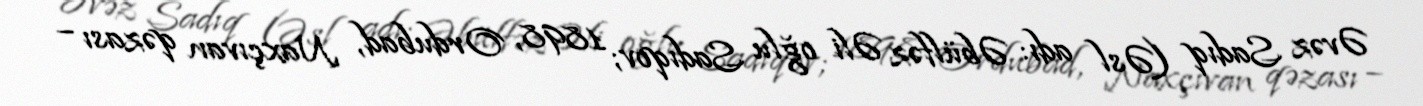
Əvəz Sadıq (Əsl adı: Əbülfəz Əli oğlu Sadıqov; 1898, Ordubad, Naxçıvan qəzası –